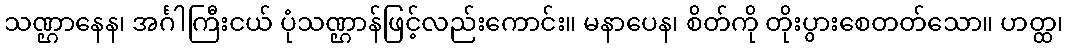
သဏ္ဌာနေန၊ အင်္ဂါကြီးငယ် ပုံသဏ္ဌာန်ဖြင့်လည်းကောင်း။ မနာပေန၊ စိတ်ကို တိုးပွားစေတတ်သော။ ဟတ္ထ၊